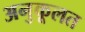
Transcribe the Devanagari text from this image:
अनुकूलत